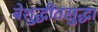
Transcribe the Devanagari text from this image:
बेशुद्धीतसुद्धा